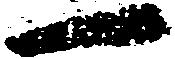
一